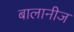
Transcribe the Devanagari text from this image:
बालानीज